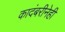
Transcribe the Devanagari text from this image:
कादंबरीनेही